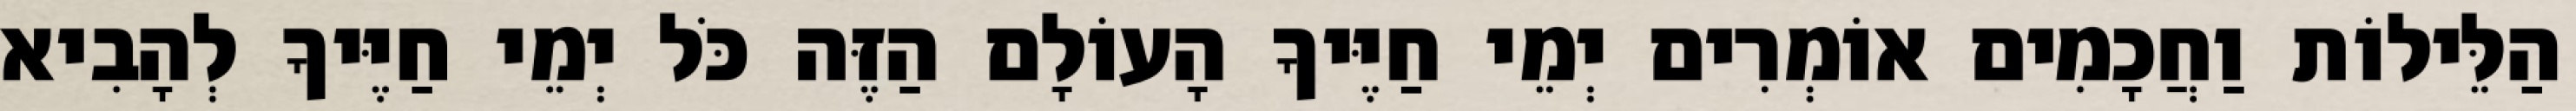
הַלֵּילוֹת וַחֲכָמִים אוֹמְרִים יְמֵי חַיֶּיךָ הָעוֹלָם הַזֶּה כֹּל יְמֵי חַיֶּיךָ לְהָבִיא